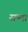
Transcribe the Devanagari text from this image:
सभ्य।